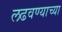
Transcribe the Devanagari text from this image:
लढवण्याच्या